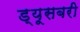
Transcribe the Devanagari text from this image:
ड्यूसबरी